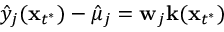
\hat { y } _ { j } ( \mathbf x _ { t ^ { * } } ) - \hat { \mu } _ { j } = \mathbf w _ { j } \mathbf k ( \mathbf x _ { t ^ { * } } )